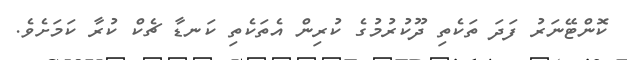
ކޮންޓޭނަރު ފަދަ ތަކެތި ދޫކުރުމުގެ ކުރިން އެތަކެތި ކަނޑާ ޗެކް ކުރާ ކަމަށެވެ.